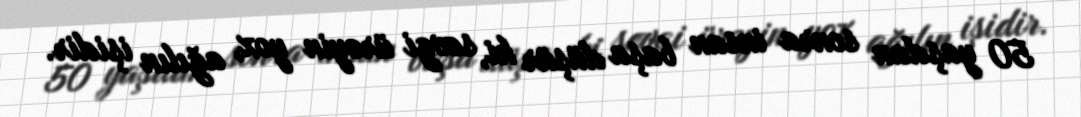
50 yaşdan sonra insan başa düşür ki, sevgi ürəyin yox, ağılın işidir.